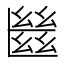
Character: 㡭